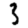
Digit: 3